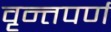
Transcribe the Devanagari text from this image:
वृन्तपर्ण